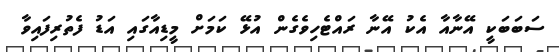
ސަބަބަކީ އޭނާއާ އެކު އޭނާ ރައްޓެހިވެގެން އުޅޭ ކަމަށް މީޑިއާގައި އަޑު ފެތުރިފައިވާ